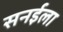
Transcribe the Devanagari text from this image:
सनईला